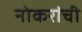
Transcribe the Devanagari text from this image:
नोकरांची